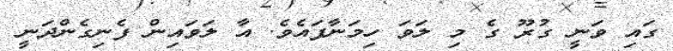
ގައި ވަނީ ގުރޫ ގެ މި ލަވަ ހިމަނާފައެވެ. އާ ލަވައިން ފެނިގެންދަނީ